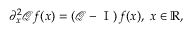
\partial _ { x } ^ { 2 } \mathscr { Q } f ( x ) = \left( \mathscr { Q } - \mathrm { ~ I ~ } \right) f ( x ) , \; x \in \mathbb { R } ,